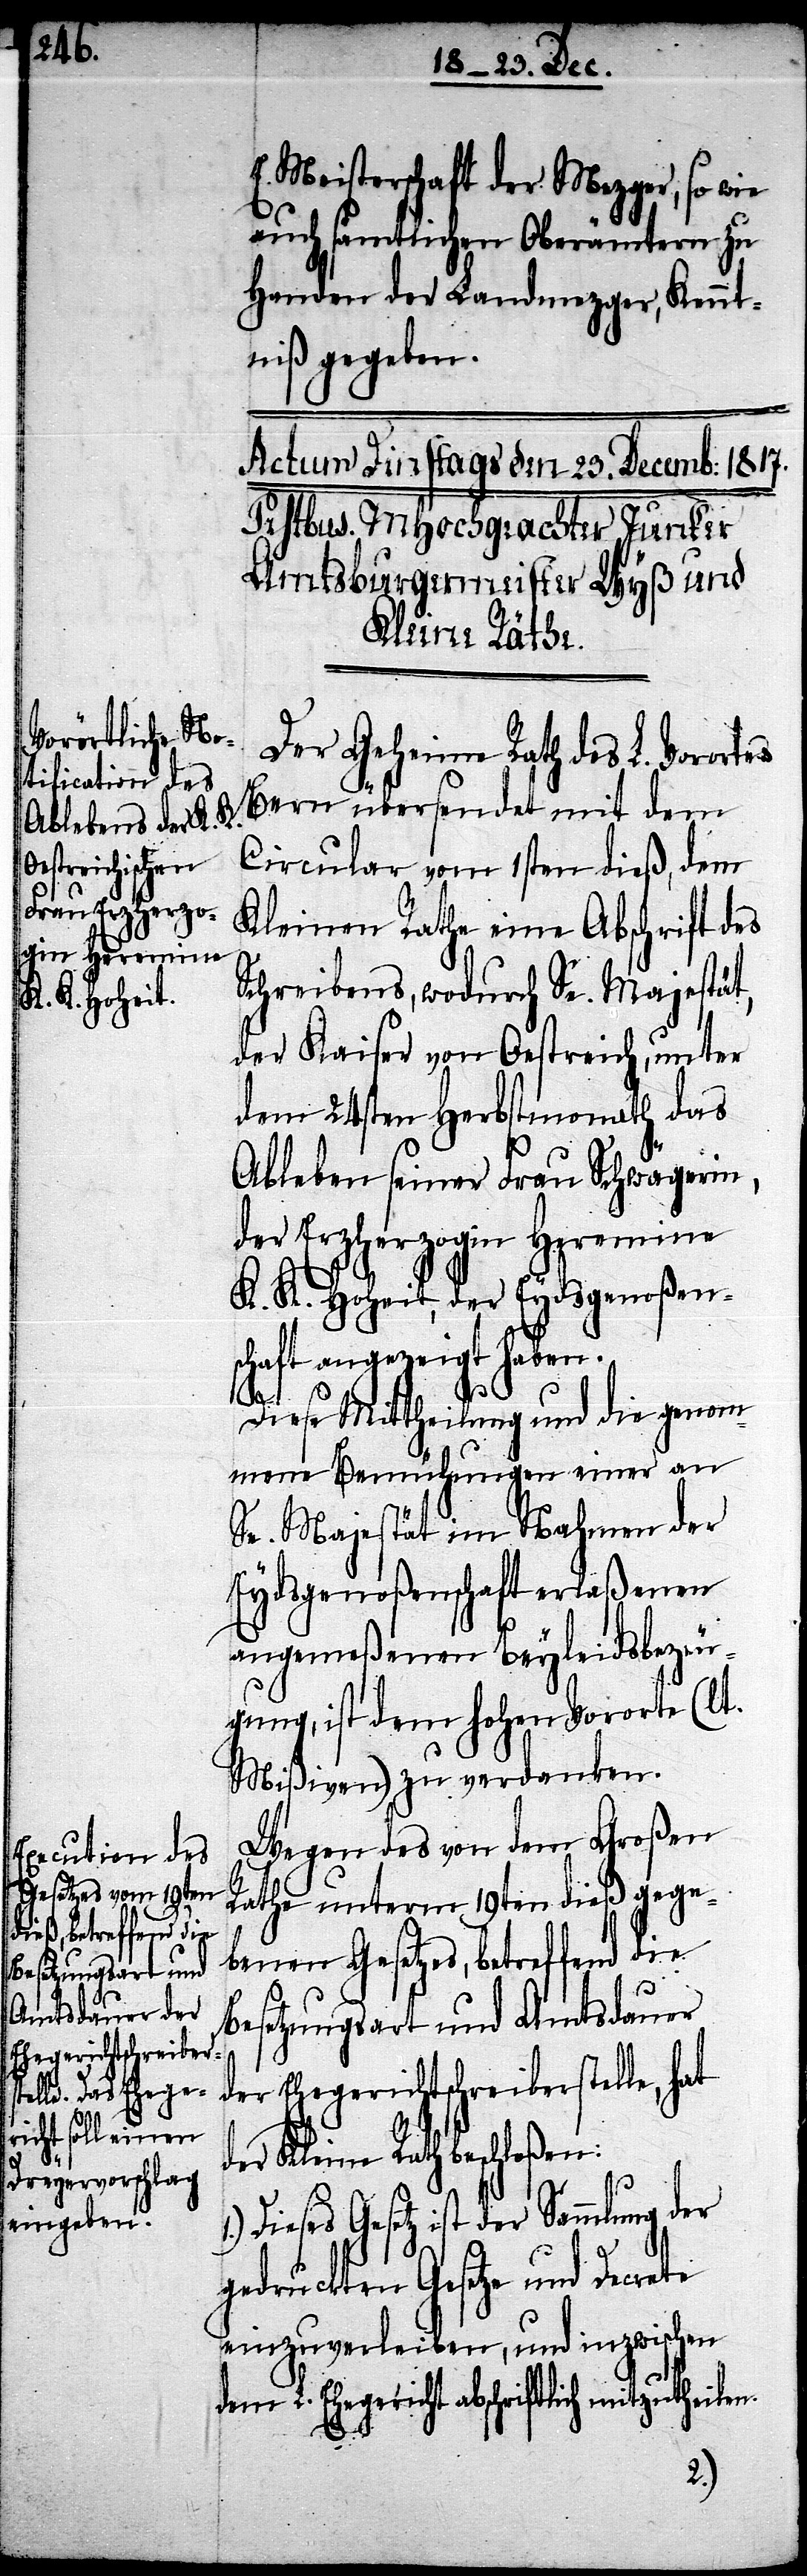
E. Meisterschaft der Mezger, so wie
auch sämtlichen Oberämtern zu
Handen der Landmezger, Kennt¬
niß gegeben.
Der Geheime Rath des L. Vorortes
Bern übersendet mit dem
Circular vom 1sten dieß, dem
Kleinen Rathe eine Abschrift des
Schreibens, wodurch Se. Majestät,
der Kaiser von Oestreich, unter
dem 24sten Herbstmonath das
Ableben seiner Frau Schwägerin
der Erzherzogin Heremine
K. K. Hoheit, der Eydsgenoßen¬
schaft angezeigt haben.
Diese Mittheilung und die genom¬
mene Bemühungen einer an
Se. Majestät im Nahmen der
Eydsgenoßenschaft erlaßenen
angemeßenen Beyleidsbezeu¬
gung, ist dem Hohen Vororte (lt.
Mißiven) zu verdanken.
Wegen des von dem Großen
Rathe unterm 19ten dieß gege¬
benen Gesetzes, betreffend die
Besetzungsart und Amtsdauer
der Ehegerichtschreiberstelle, hat
der Kleine Rath beschloßen:
Dieses Gesetz ist der Sammlung
gedruckten Gesetze und Decrete
einzuverleiben, und inzwischen
dem L. Ehegericht abschriftlich mitzutheilen.